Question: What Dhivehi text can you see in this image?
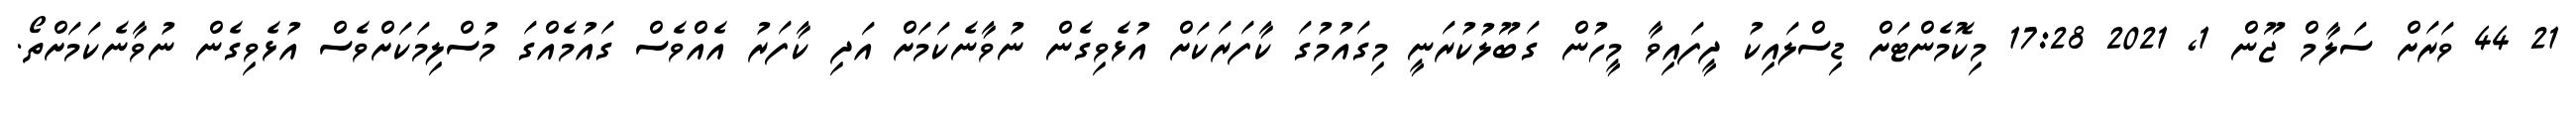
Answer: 21 44 ވަރަށް ސަލާމް ޖޫން 1, 2021 17:28 މިކޮމެންޓަށް ޑިސްލައިކު ދީފައިވާ މީހުން ގަބޫލުކުރަނީ މިގައުމުގަ ކާފަރަކަށް އުޅެވިގެން ނުވާނެކަމަށް އަދި ކާފަރު އެއްވެސް ގައުމެއްގަ މުސްލިމަކަށްވެސް އުޅެވިގެން ނުވާނެކަމަށްތޯ.